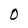
Character: O